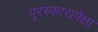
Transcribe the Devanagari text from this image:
पुरस्कारापेक्षा